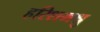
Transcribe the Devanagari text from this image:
हरिशमश्रु